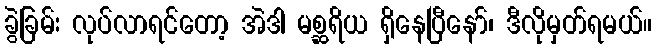
ခွဲခြမ်း လုပ်လာရင်တော့ အဲဒါ မစ္ဆရိယ ရှိနေပြီနော်၊ ဒီလိုမှတ်ရမယ်။